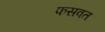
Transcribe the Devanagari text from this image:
फसवत